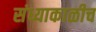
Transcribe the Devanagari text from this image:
संध्याकाळीच